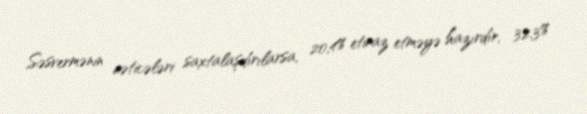
Səsvermənin nəticələri saxtalaşdırılarsa, 20,4% etiraz etməyə hazırdır, 32,3%